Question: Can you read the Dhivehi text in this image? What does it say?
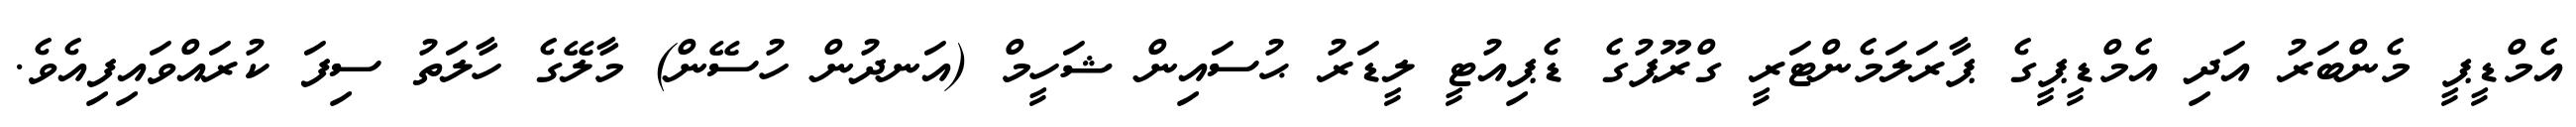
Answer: އެމްޑީޕީ މެންބަރު އަދި އެމްޑީޕީގެ ޕާރަލަމެންޓަރީ ގްރޫޕުގެ ޑެޕިއުޓީ ލީޑަރު ޙުސައިން ޝަހީމް (އަނދުން ހުސޭން) މާލޭގެ ހާލަތު ސިފަ ކުރައްވައިފިއެވެ.